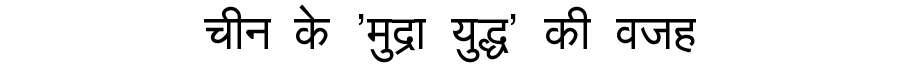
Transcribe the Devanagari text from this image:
चीन के 'मुद्रा युद्ध' की वजह